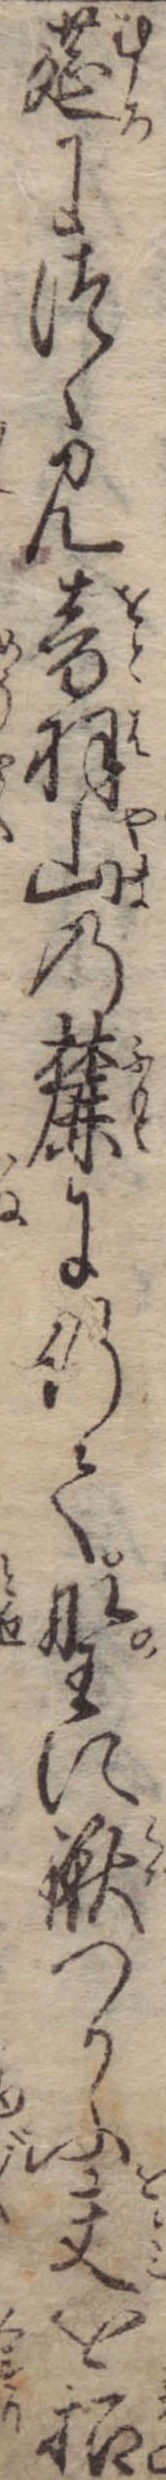
莚につゝみ音羽山の麓に行て野に鍬つかふ夫を招